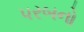
પરબનો